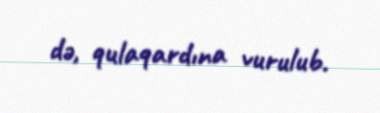
də, qulaqardına vurulub.